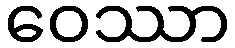
ဝေဿာ